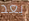
بعد